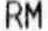
RM